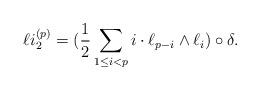
LaTeX: \begin{align*}\ell i_{2} ^{(p)}=(\frac{1}{2} \sum _{1 \leq i <p }i\cdot \ell _{p-i} \wedge \ell _{i}) \circ \delta. \end{align*}